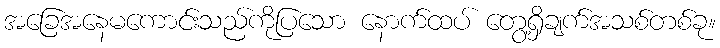
အခြေအနေမကောင်းသည်ကိုပြသော နောက်ထပ် တွေ့ရှိချက်အသစ်တစ်ခု။